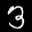
Label: 3